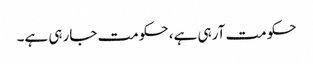
حکومت آرہی ہے، حکومت جارہی ہے۔